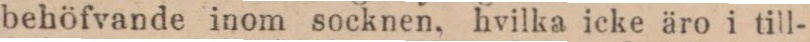
behöfvande inom socknen, hvilka icke äro i till-